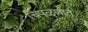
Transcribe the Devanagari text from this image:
चिपळूणात